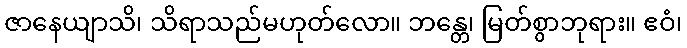
ဇာနေယျာသိ၊ သိရာသည်မဟုတ်လော။ ဘန္တေ၊ မြတ်စွာဘုရား။ ဧဝံ၊